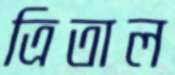
ত্রিতাল